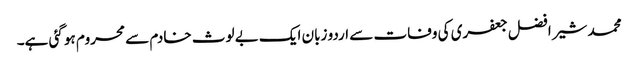
محمد شیر افضل جعفری کی وفات سے اردو زبان ایک بے لوث خادم سے محروم ہو گئی ہے۔